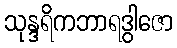
သုန္ဒရိကဘာရဒွါဇော